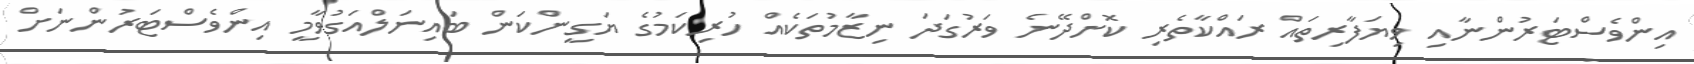
އިންވެސްޓަރުންނާއި ވިޔަފާރިތައް ރައްކާތެރި ކޮށްދޭނެ ވަރުގަދަ ނިޒާމުތަކެއް ހުރިކަމުގެ ޔަގީންކަން ބައިނަލްއަގުވާމީ އިންވެސްޓަރުންނަށް